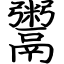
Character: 鬻